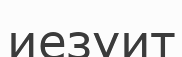
иезуит